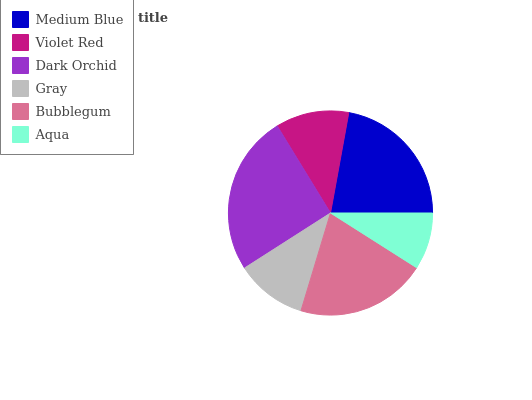
| Medium Blue | Violet Red | Dark Orchid | Gray | Bubblegum | Aqua |
 | --- | --- | --- | --- | --- | --- |
 | 22.1% | 11.6% | 25.3% | 11.3% | 20.7% | 9.01% |